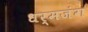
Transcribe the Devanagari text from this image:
धर्मजंग